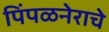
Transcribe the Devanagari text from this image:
पिंपळनेराचे